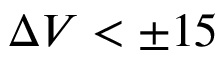
\Delta V < \pm 1 5